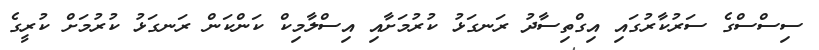
ސިސްސްގެ ސަރުކާރުގައި އިގްތިސާދު ރަނގަޅު ކުރުމަށާއި އިސްލާމިކް ކަންކަން ރަނގަޅު ކުރުމަށް ކުރީގެ